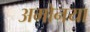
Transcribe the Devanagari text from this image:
अमोनया